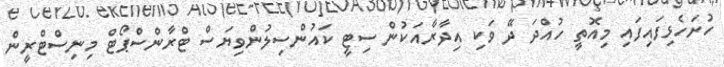
ހުށަހެޅިފައިފައި މިއޮތީ ހުއްދަ ދޭ ވަކި އިދާރާއަކުން ސިޓީ ކައުންސިލުންވިޔަސް ޓްރާންސްޕޯޓް މިނިސްޓްރީން